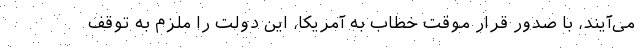
می‌آیند، با صدور قرار موقت خطاب به آمریکا، این دولت را ملزم به توقف